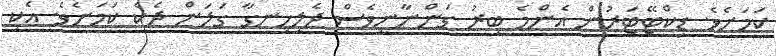
ކަމަށެވެ. ޑިކްޓޭޓަރުން އެންމެ ބިރު ގަންނާނީވެސް ދެލިހިނގާ ގަލަން ދެކެ ކަމަށެވެ. އެކި